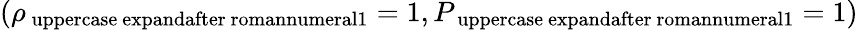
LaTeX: (\rho_{\mathrm{\ uppercase\ expandafter{\ romannumeral1}}}=1,P_{\mathrm{\ uppercase\ expandafter{\ romannumeral1}}}=1)